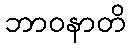
ဘာဝနာတိ